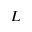
L